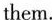
them.